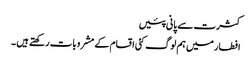
کثرت سے پانی پئیں
افطار میں ہم لوگ کئی اقسام کے مشروبات رکھتے ہیں ۔